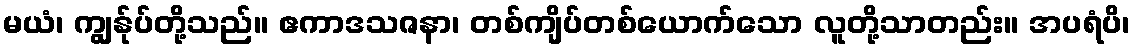
မယံ၊ ကျွန်ုပ်တို့သည်။ ဧကာဒသဇနာ၊ တစ်ကျိပ်တစ်ယောက်သော လူတို့သာတည်း။ အပရံပိ၊